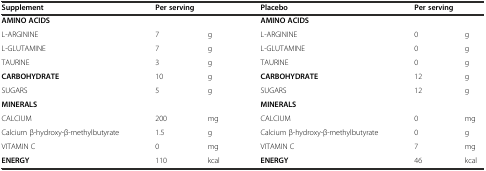
| Supplement | <COLSPAN=2> Per serving | Placebo | <COLSPAN=2> Per serving |
 | --- | --- | --- | --- | --- | --- |
 | AMINO ACIDS |  |  | AMINO ACIDS |  |  |
 | L-ARGININE | 7 | g | L-ARGININE | 0 | g |
 | L-GLUTAMINE | 7 | g | L-GLUTAMINE | 0 | g |
 | TAURINE | 3 | g | TAURINE | 0 | g |
 | CARBOHYDRATE | 10 | g | CARBOHYDRATE | 12 | g |
 | SUGARS | 5 | g | SUGARS | 12 | g |
 | MINERALS |  |  | MINERALS |  |  |
 | CALCIUM | 200 | mg | CALCIUM | 0 | mg |
 | Calcium β-hydroxy-β-methylbutyrate | 1.5 | g | Calcium β-hydroxy-β-methylbutyrate | 0 | g |
 | VITAMIN C | 0 | mg | VITAMIN C | 7 | mg |
 | ENERGY | 110 | kcal | ENERGY | 46 | kcal |